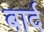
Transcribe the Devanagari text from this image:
बार्द